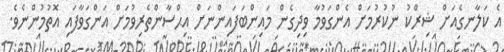
އެ ކަލާނގެއަށް ޝިރްކު ނުކުރުމަށް އެންގަވުމާ ވިދިގެން މައިންބަފައިންނަށް އިޙްސާންތެރިވުމަށް އަންގަވާފައި އޮތުމުންނެވެ.